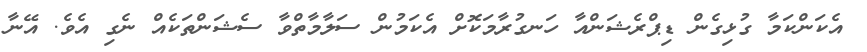
އެކަންކަމާ ގުޅިގެން ޑިޕްރެޝަންއާ ހަނގުރާމަކޮށް އެކަމުން ސަލާމާތްވާ ސެޝަންތަކެއް ނެގި އެވެ. އޭނާ